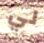
لي